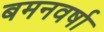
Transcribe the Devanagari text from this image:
बमनवर्षा